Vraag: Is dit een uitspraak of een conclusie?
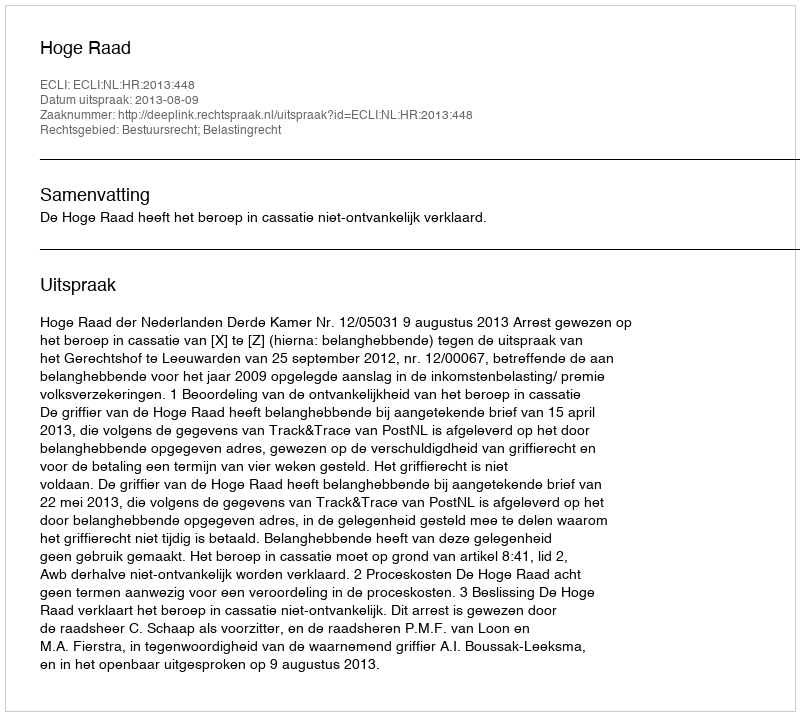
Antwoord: Uitspraak